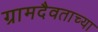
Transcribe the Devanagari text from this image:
ग्रामदैवताच्या